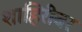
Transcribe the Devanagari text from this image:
शाहिरीवर